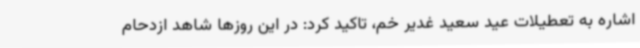
اشاره به تعطیلات عید سعید غدیر خم، تاکید کرد: در این روزها شاهد ازدحام